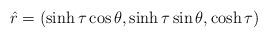
LaTeX: \begin{align*}\hat{r}=(\sinh\tau\cos\theta,\sinh\tau\sin\theta,\cosh\tau)\end{align*}